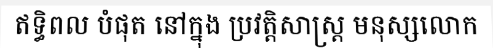
ឥទ្ធិពល បំផុត នៅក្នុង ប្រវត្តិសាស្ត្រ មនុស្សលោក